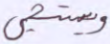
ويستحيي